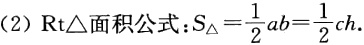
(2) $\text{Rt}\triangle面积公式:S_{\triangle}=\frac{1}{2}ab = \frac{1}{2}ch.$